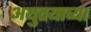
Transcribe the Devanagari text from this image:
अयुत्तयाच्या